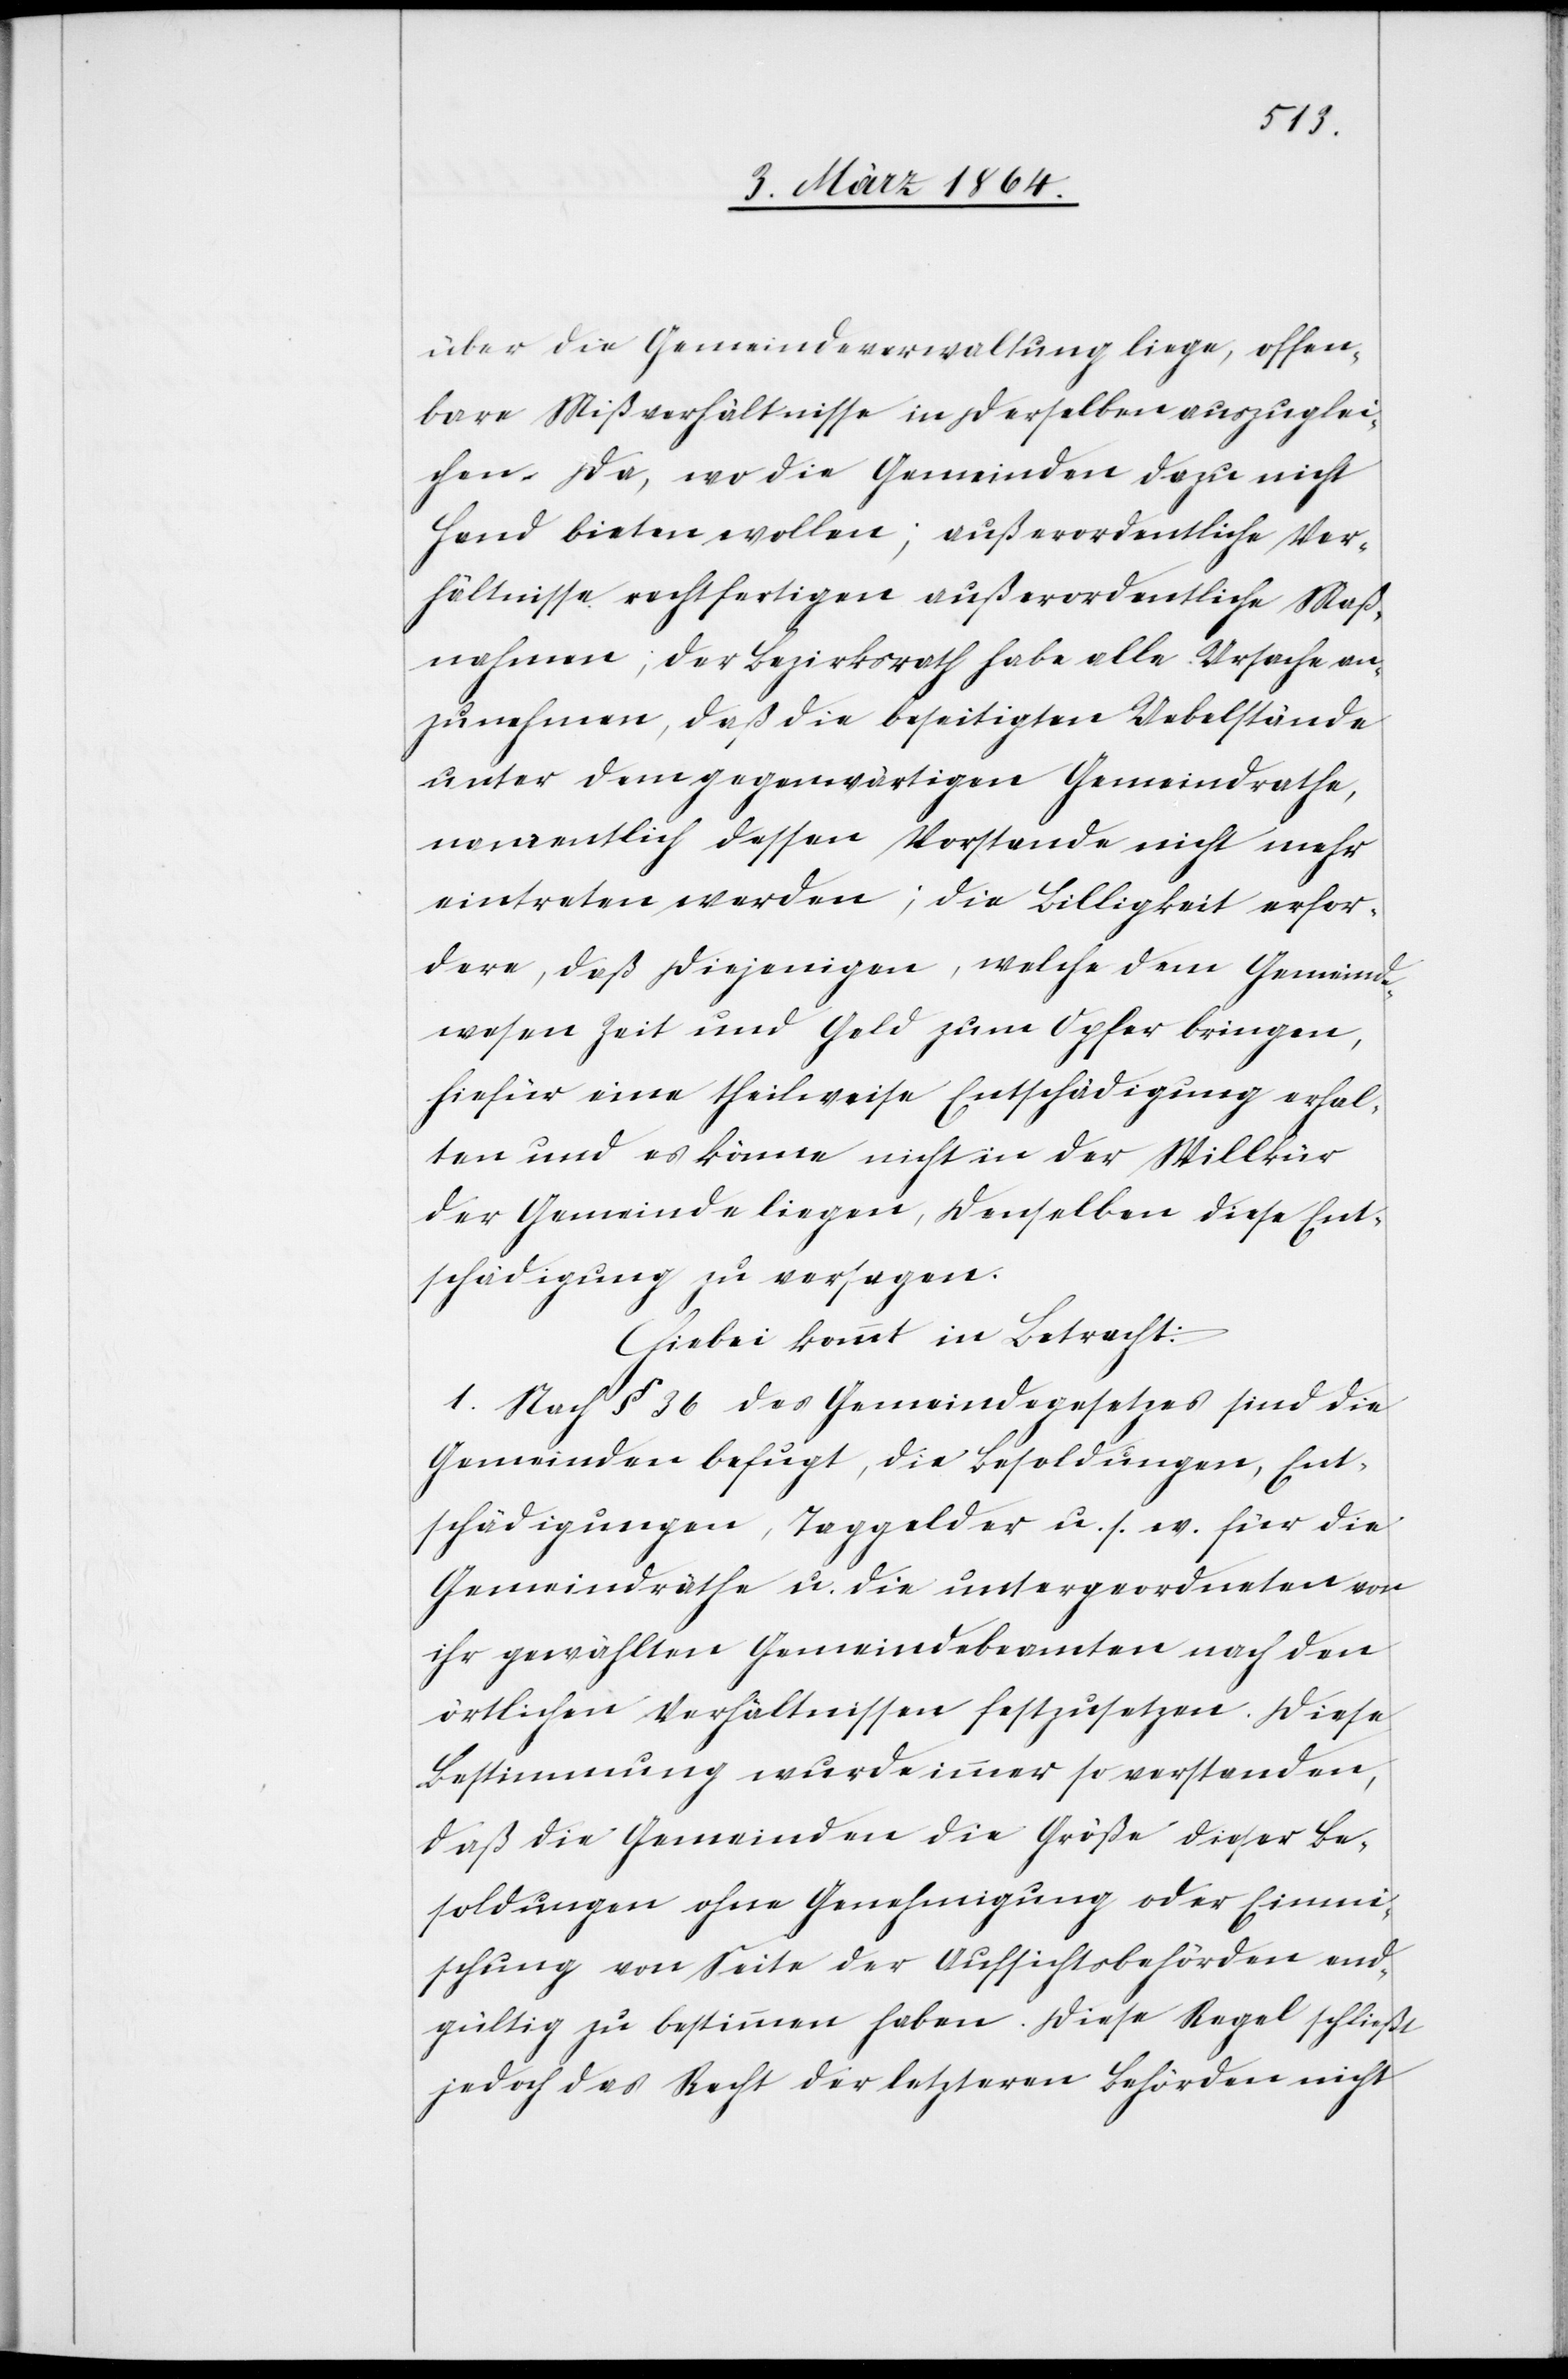
über die Gemeindeverwaltung liege, offen¬
bare Mißverhältnisse in derselben auszuglei¬
chen. Da, wo die Gemeinden dazu nicht
Hand bieten wollen; außerordentliche Ver¬
hältnisse rechtfertigen außerordentliche Maß¬
nahmen; der Bezirksrath habe alle Ursache an¬
zunehmen, daß die beseitigten Uebelstände
unter dem gegenwärtigen Gemeindrathe,
namentlich dessen Vorstande nicht mehr
eintreten werden; die Billigkeit erfor¬
dere, daß diejenigen, welche dem Gemeind¬
wesen Zeit und Geld zum Opfer bringen,
hiefür eine theilweise Entschädigung erhal¬
ten und es könne nicht in der Willkür
der Gemeinde liegen, denselben diese Ent¬
schädigung zu versagen.
Hiebei kommt in Betracht:
1. Nach § 36 des Gemeindegesetzes sind die
Gemeinden befugt, die Besoldungen, Ent¬
schädigungen, Taggelder u. s. w. für die
Gemeindräthe u. die untergeordneten von
ihr gewählten Gemeindebeamten nach den
örtlichen Verhältnissen festzusetzen. Diese
Bestimmung wurde immer so verstanden,
daß die Gemeinden die Größe dieser Be¬
soldungen ohne Genehmigung oder Einmi¬
schung von Seite der Aufsichtsbehörden end¬
gültig zu bestimmen haben. Diese Regel schließt
jedoch das Recht der letzteren Behörden nicht